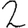
Digit: 2